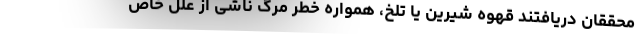
محققان دریافتند قهوه شیرین یا تلخ، همواره خطر مرگ ناشی از علل خاص